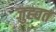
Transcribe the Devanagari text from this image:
जुह्वत